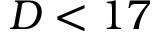
D < 1 7